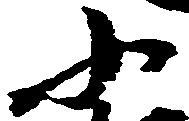
小